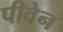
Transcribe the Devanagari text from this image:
पीवेन